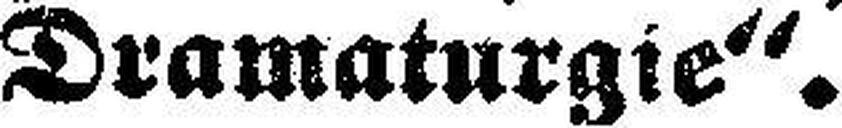
Dramaturgie“.